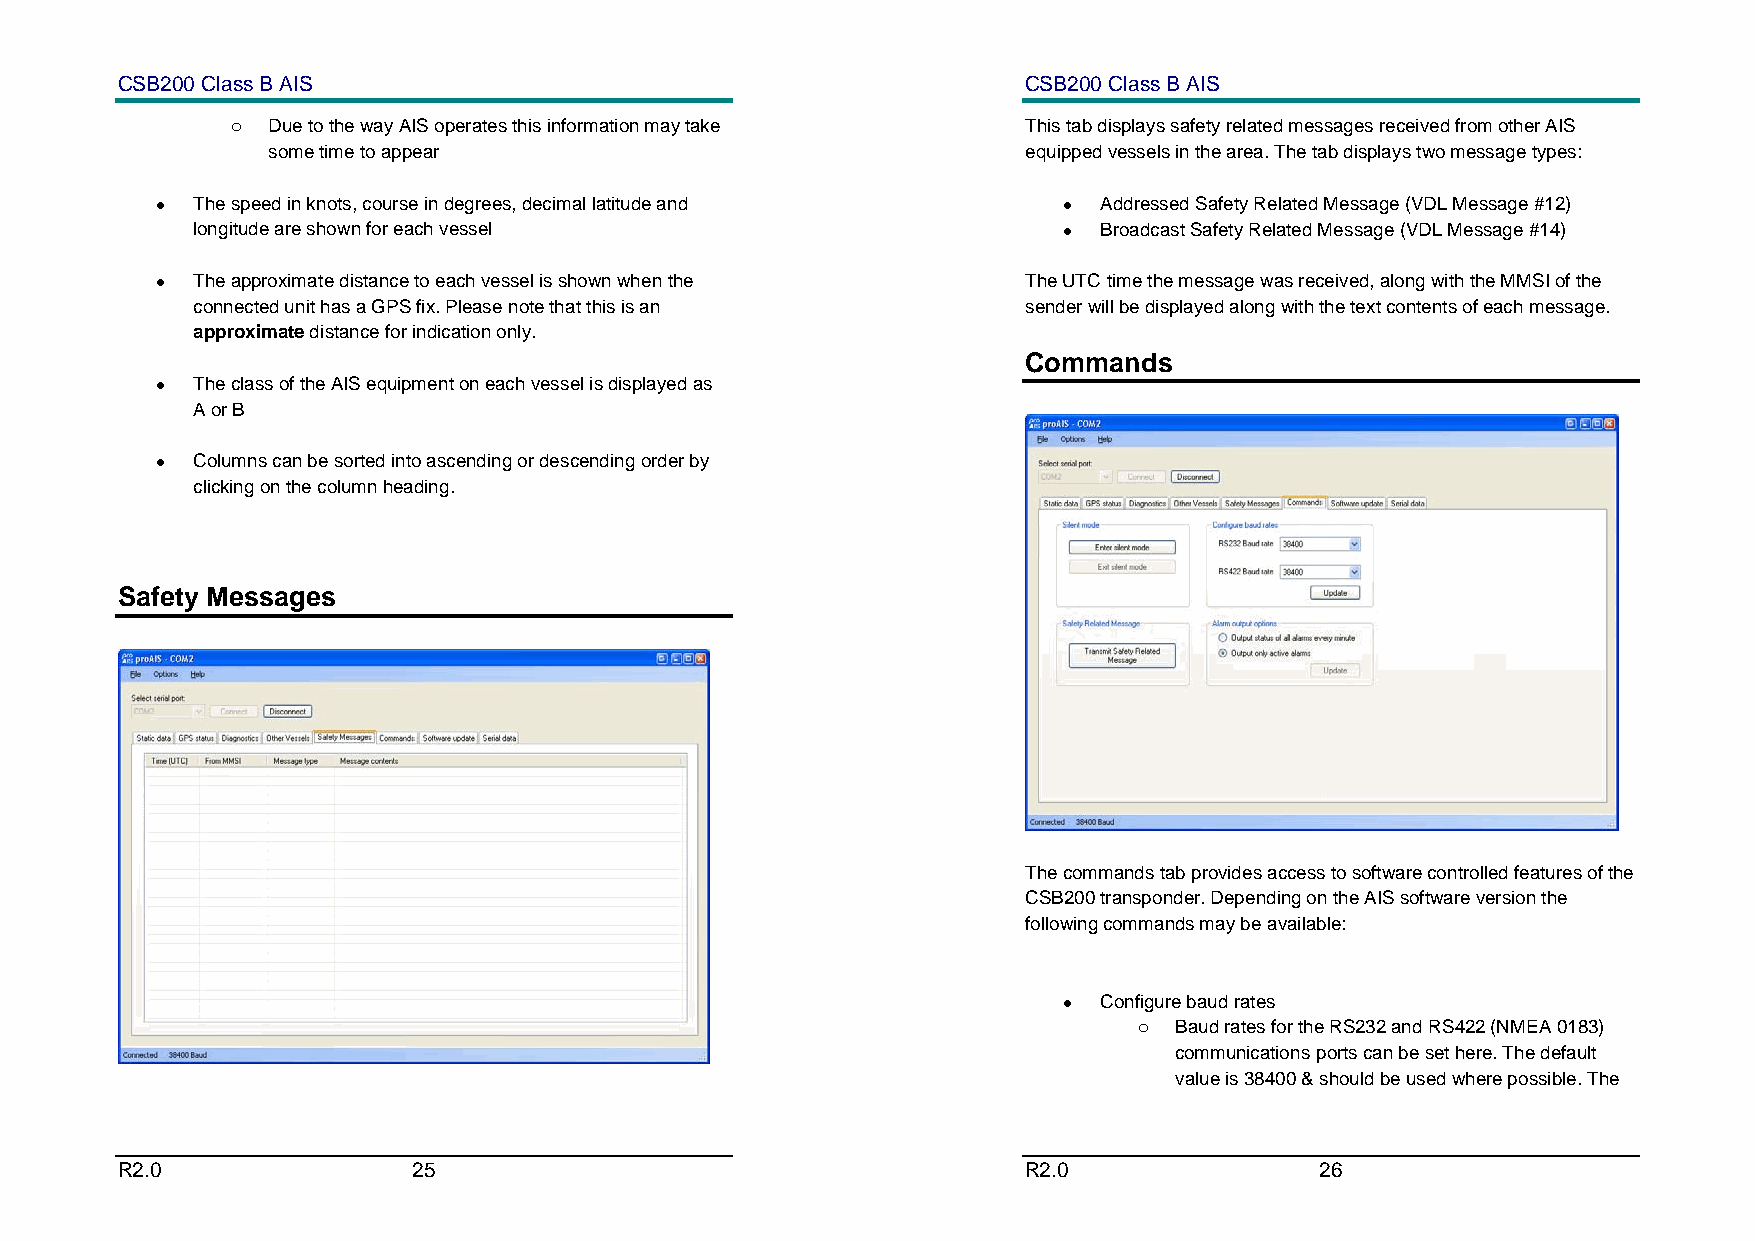
CSB200 Class B AIS                                          CSB200 Class B AIS
 o  Due to the way AIS operates this information may take This tab displays safety related messages received from other AIS
 some time to appear                               equipped vessels in the area. The tab displays two message types:
 •  The speed in knots, course in degrees, decimal latitude and • Addressed Safety Related Message (VDL Message #12)
 longitude are shown for each vessel                      •  Broadcast Safety Related Message (VDL Message #14)
 •  The approximate distance to each vessel is shown when the The UTC time the message was received, along with the MMSI of the
 connected unit has a GPS fix. Please note that this is an sender will be displayed along with the text contents of each message.
 approximate distance for indication only.
 Commands
 •  The class of the AIS equipment on each vessel is displayed as
 A or B
 •  Columns can be sorted into ascending or descending order by
 clicking on the column heading.
 Safety Messages
 The commands tab provides access to software controlled features of the
 CSB200 transponder. Depending on the AIS software version the
 following commands may be available:
 •  Configure baud rates
 o  Baud rates for the RS232 and RS422 (NMEA 0183)
 communications ports can be set here. The default
 value is 38400 & should be used where possible. The
 R2.0               25                                       R2.0               26